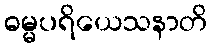
ဓမ္မပရိယေသနာတိ